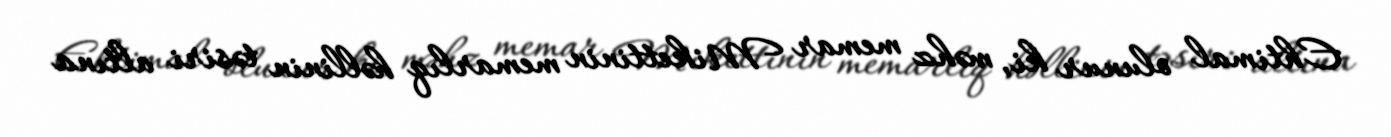
Ehtimal olunur ki, məhz memar Mikettinin memarlıq həllinin təsiri altına